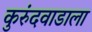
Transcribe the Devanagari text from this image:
कुरुंदवाडाला